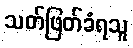
သတ်ဖြတ်ခံရသူ